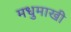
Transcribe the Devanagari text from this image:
मधुमाखी